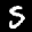
Label: 5